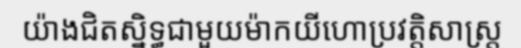
យ៉ាងជិតស្និទ្ធជាមួយម៉ាកយីហោប្រវត្តិសាស្ត្រ